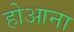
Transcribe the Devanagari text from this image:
होआना